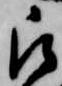
被